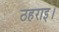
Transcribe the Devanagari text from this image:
ठहराइ।